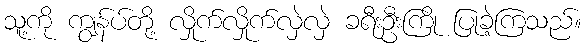
သူ့ကို ကျွန်ပ်တို့ လှိုက်လှိုက်လှဲလှဲ ခရီးဦးကြို ပြုခဲ့ကြသည်။